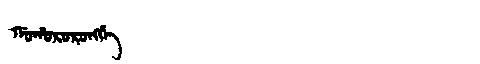
Manchu: ᡤᠣᡥᠣᡵᠣᡵᠣᠩᡤᡝ
Romanization: GOHORORONGGE